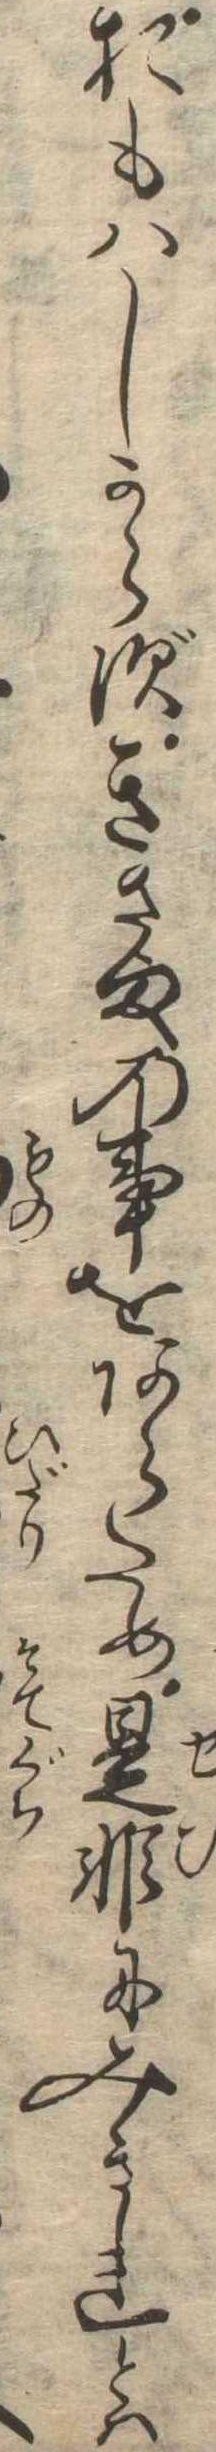
おもはしからずきさまの事をあらため是非にみきれとは